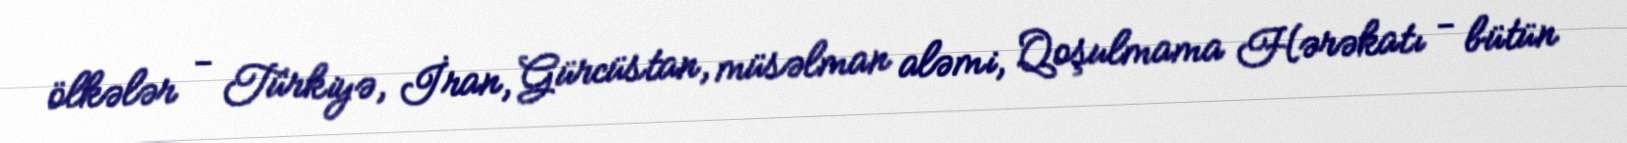
ölkələr - Türkiyə, İran, Gürcüstan, müsəlman aləmi, Qoşulmama Hərəkatı - bütün